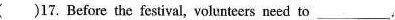
( )17. Before the festival, volunteers need to ___.